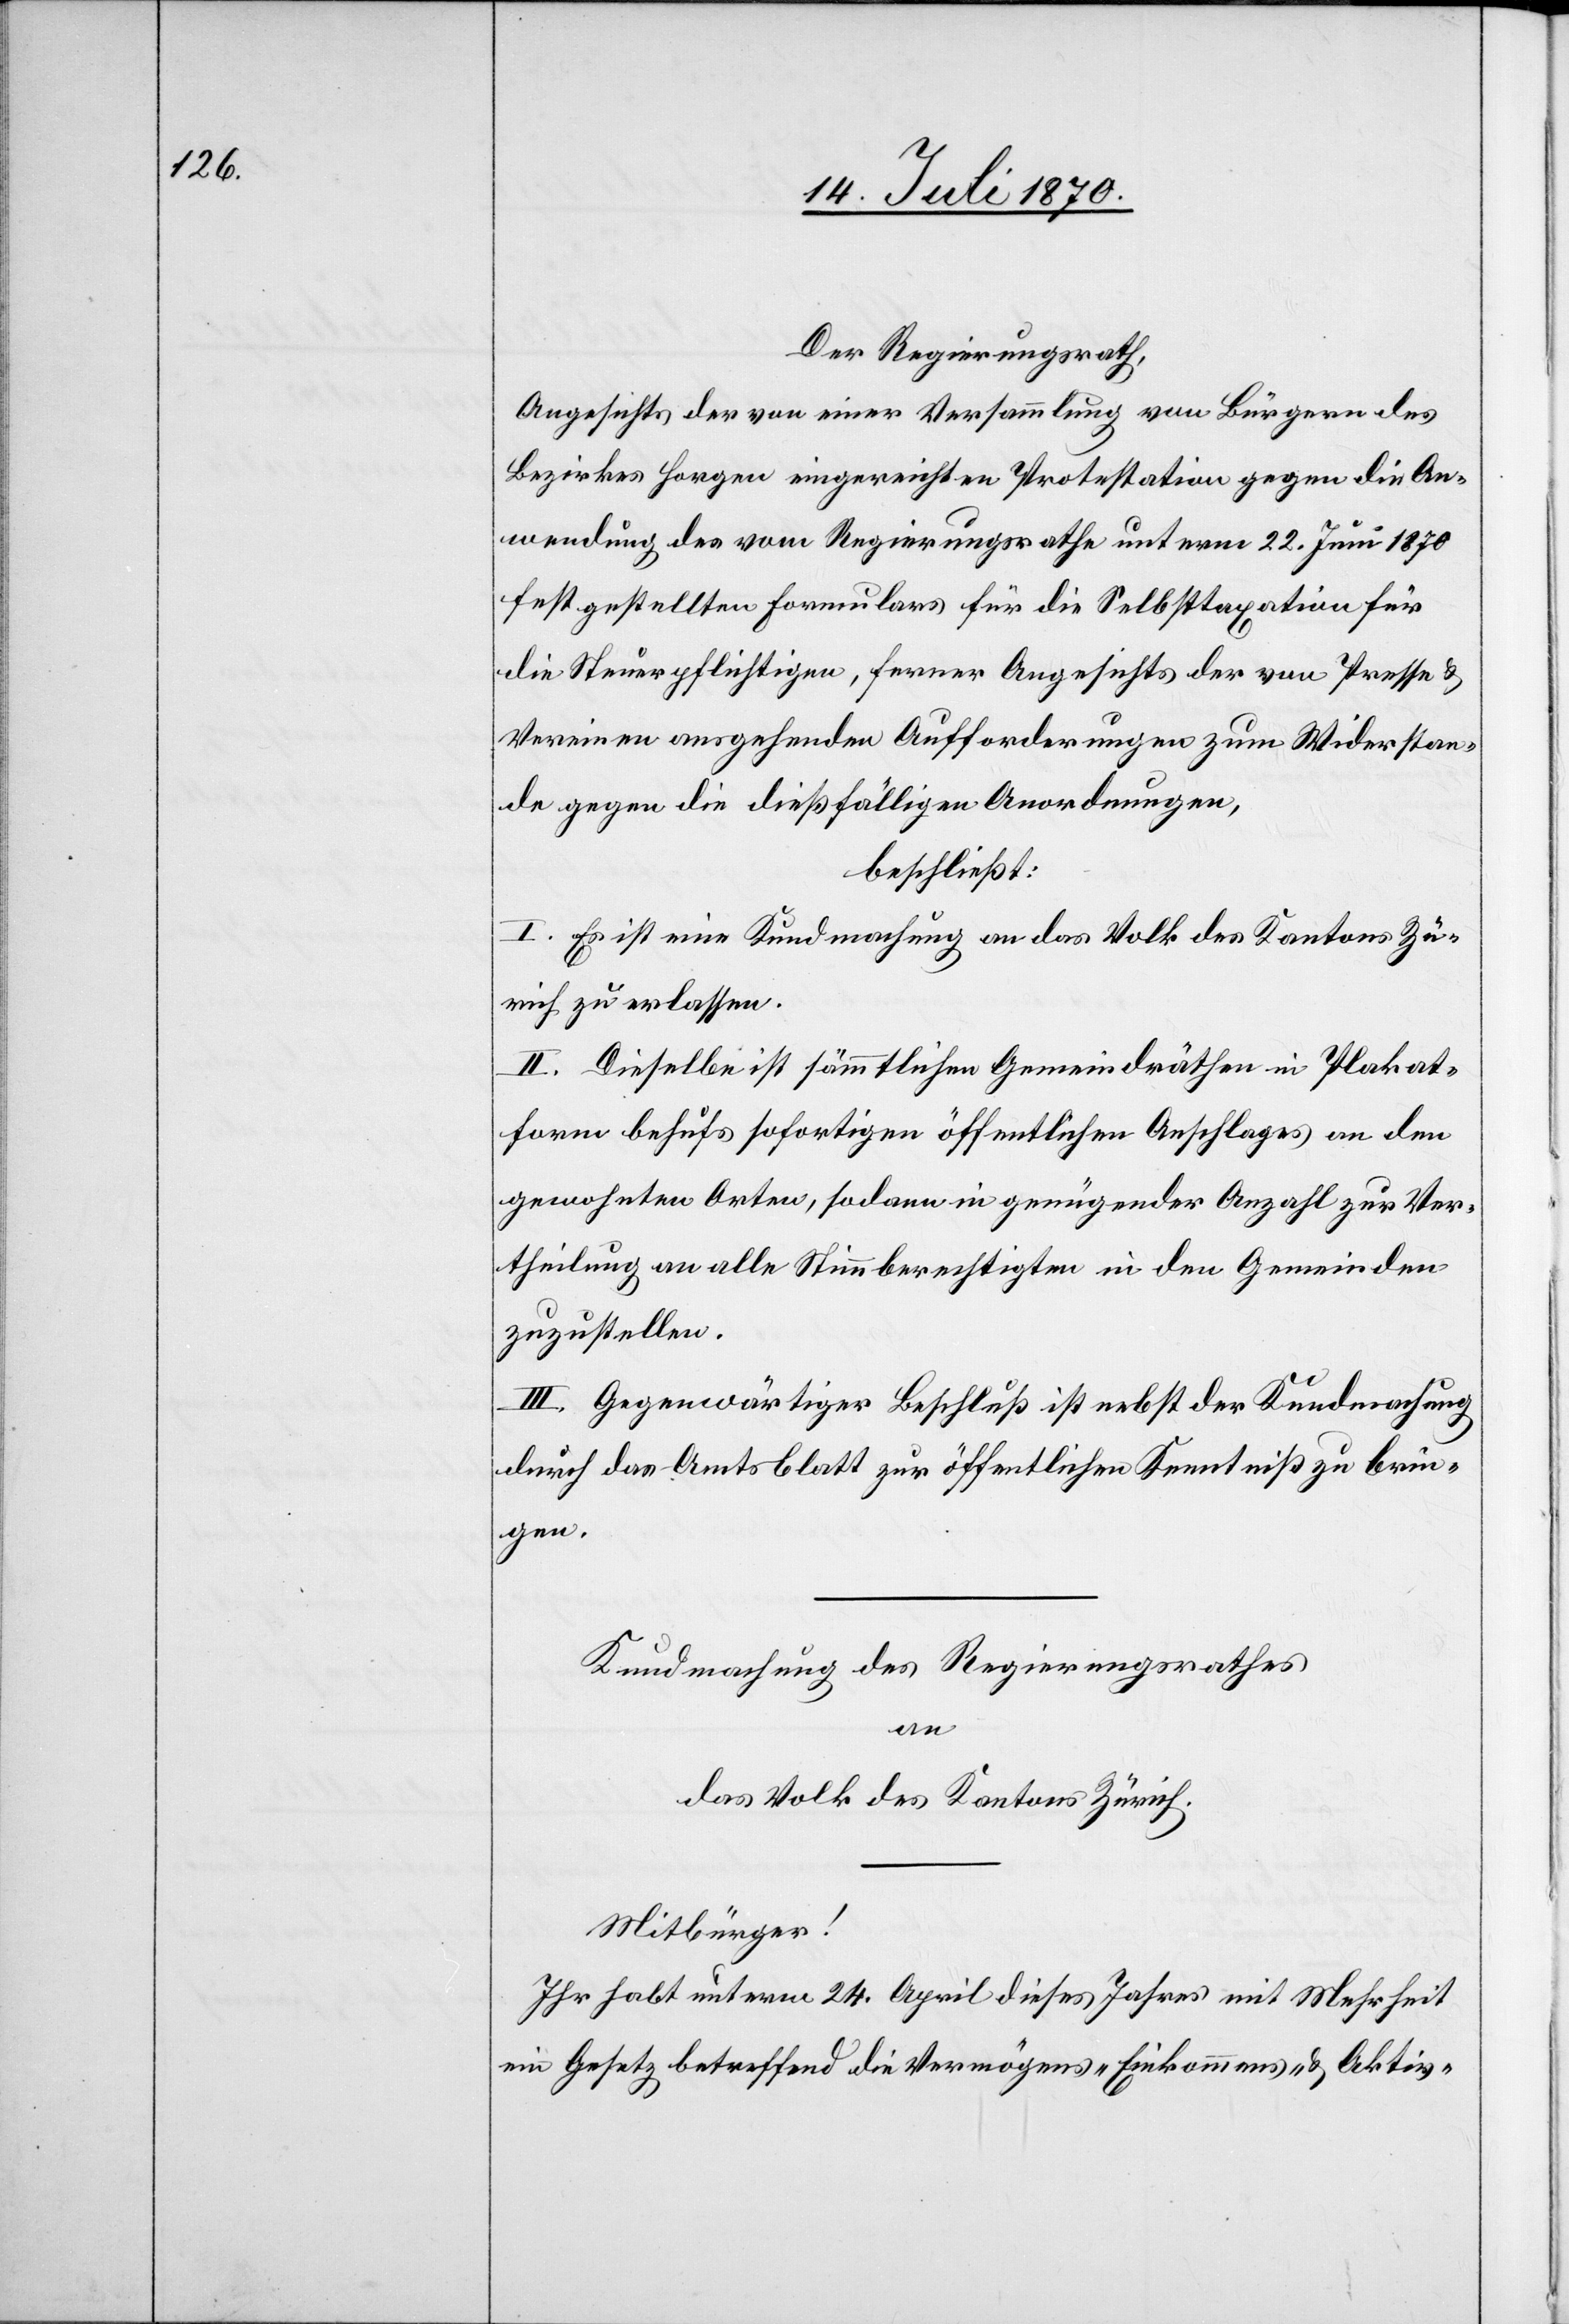
_______________
Angesichts der von einer Versammlung von Bürgern des
Bezirkes Horgen eingereichten Protestation gegen die An¬
wendung des vom Regierungsrathe unterm 22. Juni 1870
festgestellten Formulars für die Selbsttaxation für
die Steuerpflichtigen, ferner Angesichts der von Presse &
Vereinen ausgehenden Aufforderungen zum Widerstan¬
de gegen die dießfälligen Anordnungen,
______
I. Es ist eine Kundmachung an das Volk des Kantons Zü¬
rich zu erlassen.
II. Dieselbe ist sämmtlichen Gemeindräthen in Plakat¬
form behufs sofortigen öffentlichen Anschlages an den
gewohnten Orten, sodann in genügender Anzahl zur Ver¬
theilung an alle Stimmberechtigten in den Gemeinden
zuzustellen.
III. Gegenwärtiger Beschluß ist nebst der Kundmachung
durch das Amtsblatt zur öffentlichen Kenntniß zu brin¬
gen.
Kundmachung des Regierungsrathes
an
das Volk des Kantons Zürich.
Mitbürger!
Ihr habt unterm 24. April dieses Jahres mit Mehrheit
ein Gesetz betreffend die Vermögens- Einkommens- & Aktiv-